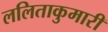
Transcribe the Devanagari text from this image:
ललिताकुमारी